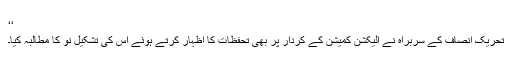
‘‘
تحریک انصاف کے سربراہ نے الیکشن کمیشن کے کردار پر بھی تحفظات کا اظہار کرتے ہوئے اس کی تشکیل نو کا مطالبہ کیا۔